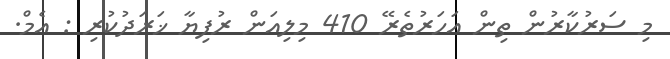
މި ސަރުކާރުން ތިން އަހަރުތެރޭ 410 މިލިއަން ރުފިޔާ ޚަރަދުކުރި : އެމް.